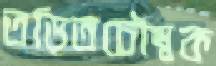
তড়িতচৌম্বক